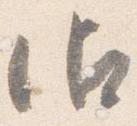
御